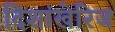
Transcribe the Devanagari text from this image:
दिशांखेरिज